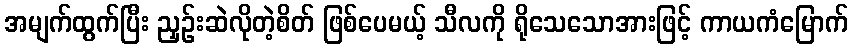
အမျက်ထွက်ပြီး ညှဉ်းဆဲလိုတဲ့စိတ် ဖြစ်ပေမယ့် သီလကို ရိုသေသောအားဖြင့် ကာယကံမြောက်